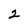
Character: 2